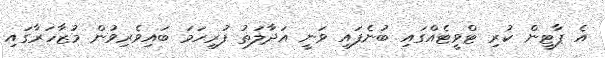
އެ ޕާޓީން ކުރި ޓްވީޓެއްގައި ބުނެފައި ވަނީ އަދާލަތު ފުރިހަމަ ބައިވެރިވުން މުޒާހަރާގައި